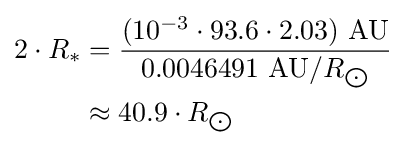
{\begin{aligned}2\cdot R_{*}&={\frac {(10^{-3}\cdot 93.6\cdot 2.03)\ {\text{AU}}}{0.0046491\ {\text{AU}}/R_{\bigodot }}}\\&\approx 40.9\cdot R_{\bigodot }\end{aligned}}